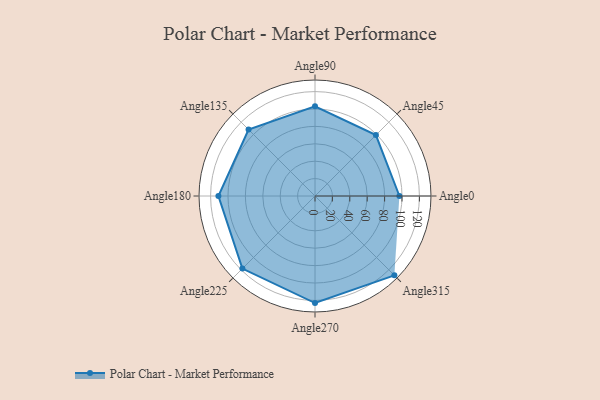
{"axis": {"x": "Angle", "y": "Radius"}, "legend": [""], "data": [{"x": "Angle0", "y": 97.0, "type": ""}, {"x": "Angle45", "y": 99.0, "type": ""}, {"x": "Angle90", "y": 103.0, "type": ""}, {"x": "Angle135", "y": 108.0, "type": ""}, {"x": "Angle180", "y": 111.0, "type": ""}, {"x": "Angle225", "y": 118.0, "type": ""}, {"x": "Angle270", "y": 123.0, "type": ""}, {"x": "Angle315", "y": 129.0, "type": ""}]}